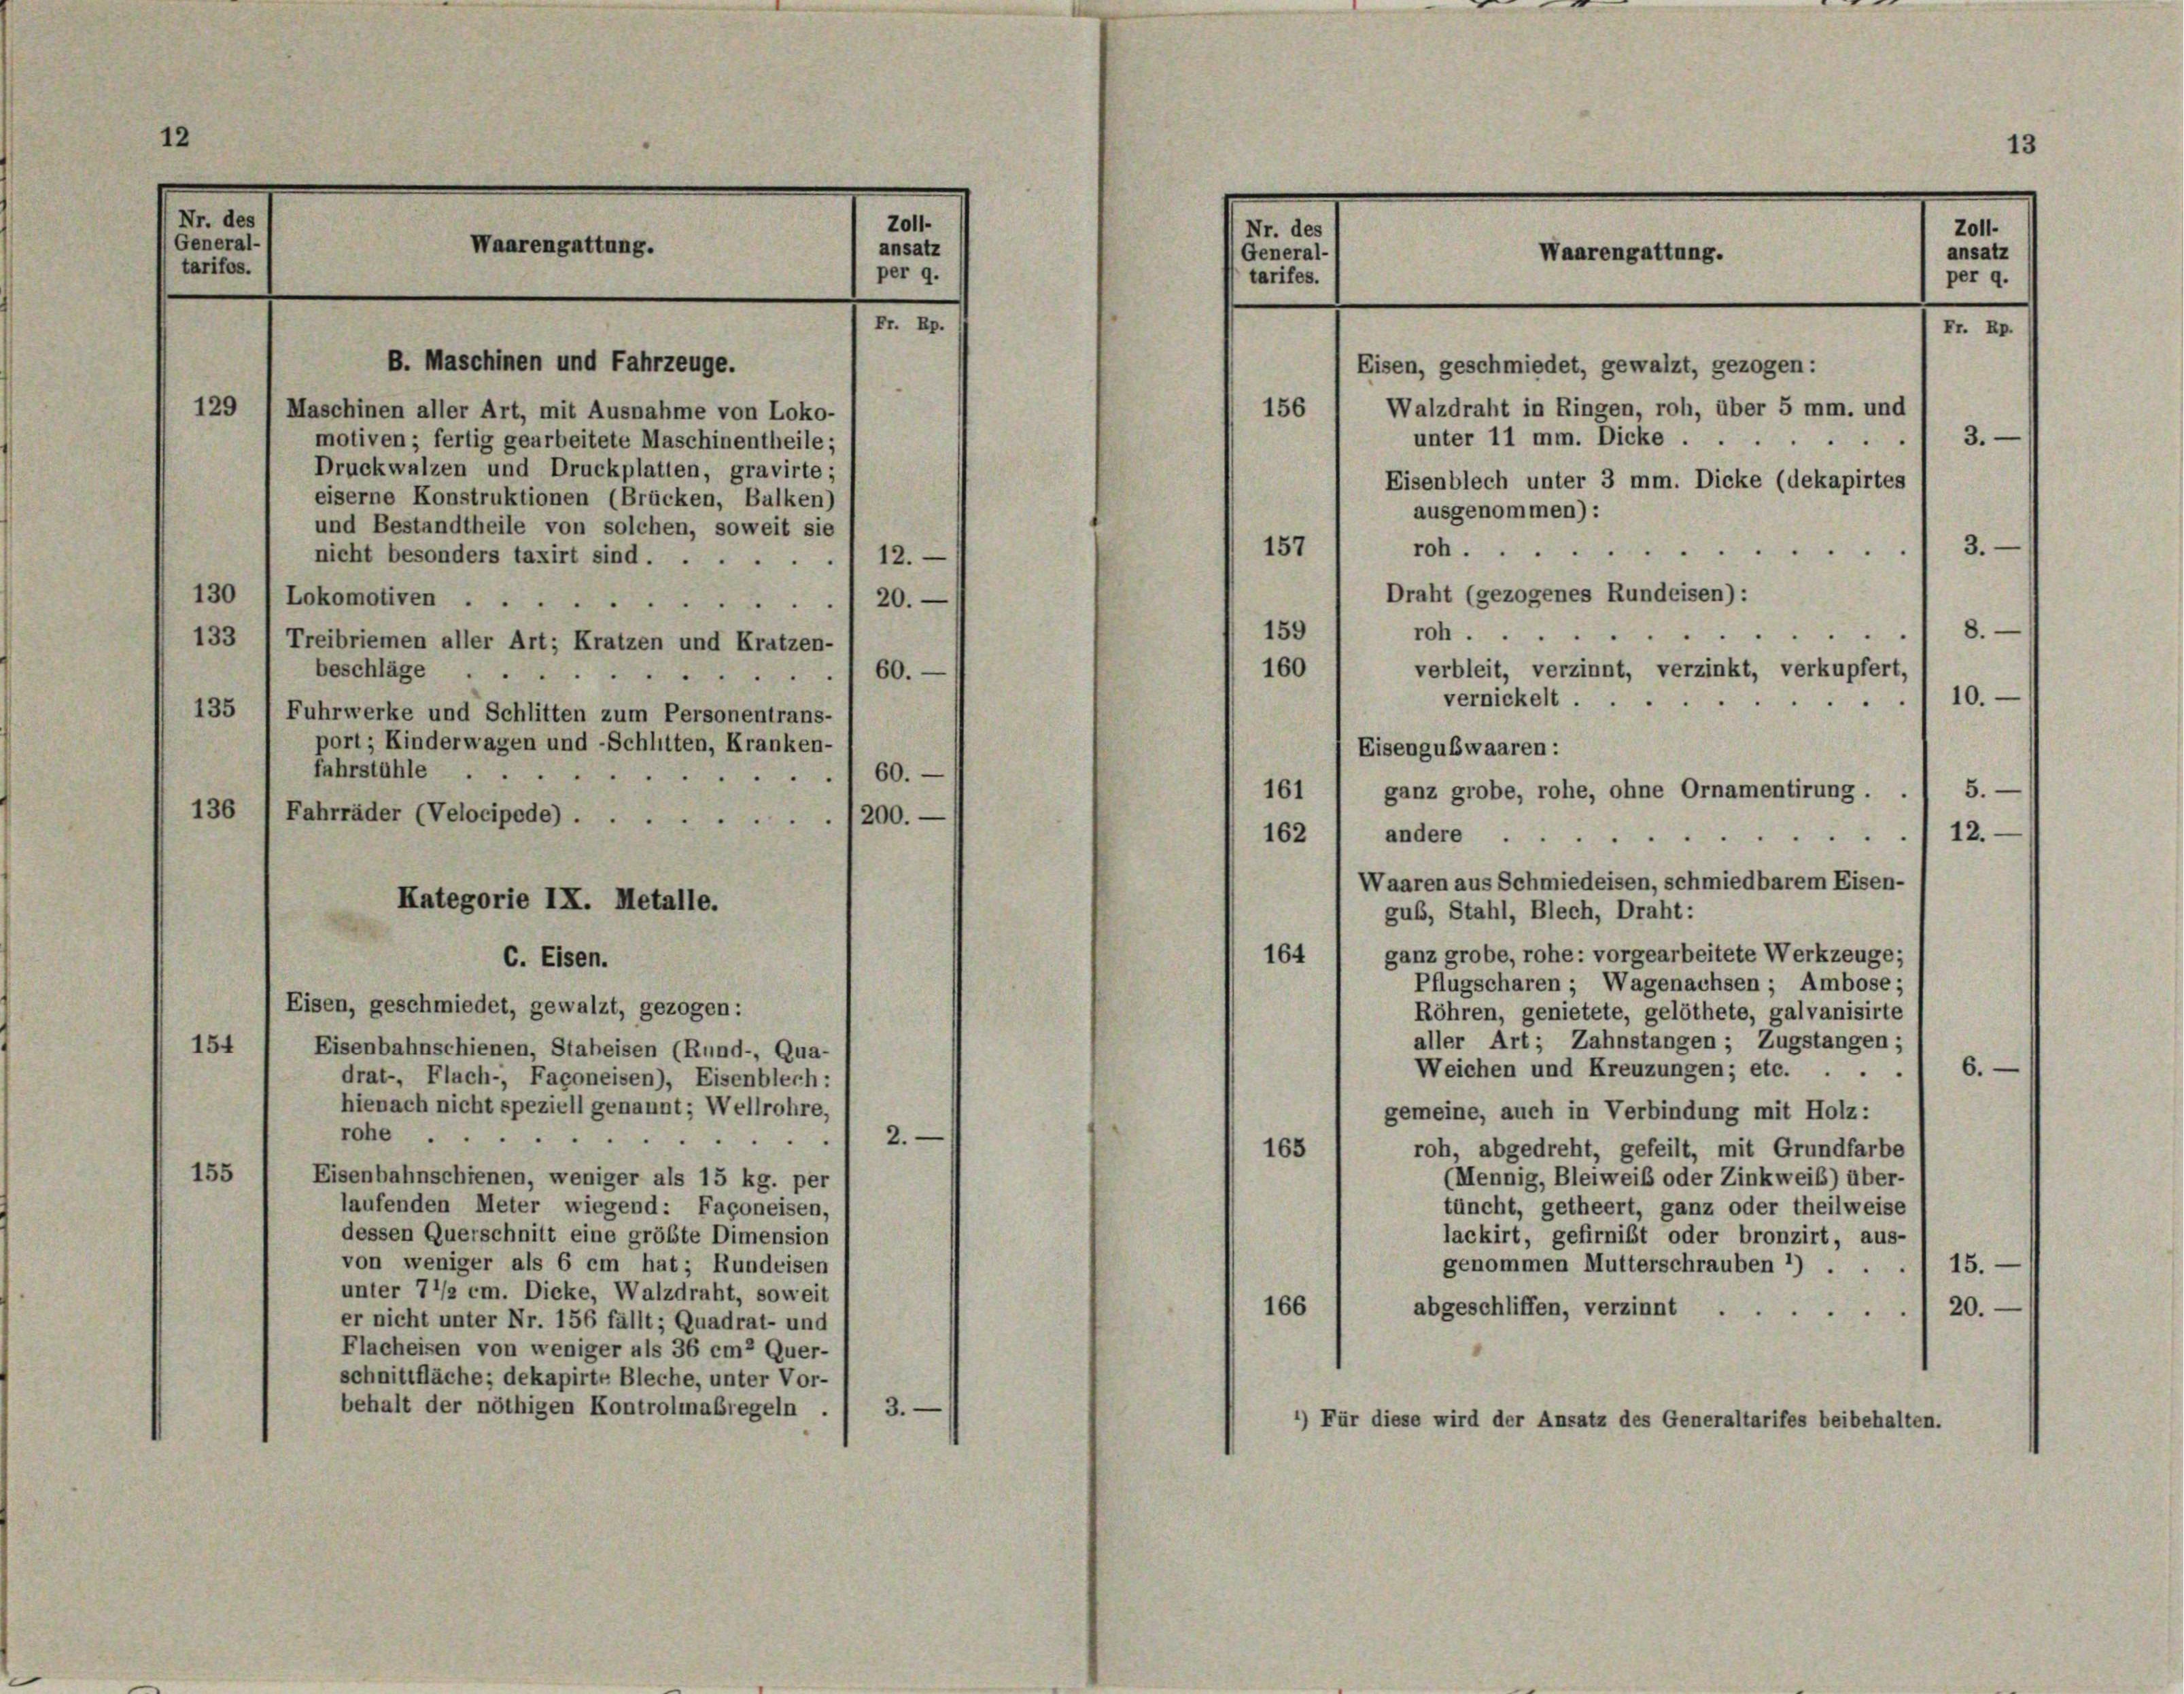
12

Nr. des
General-
tarifos.

Waarengattung.

B. Maschinen und Fahrzeuge.

129) Maschinen aller Art, mit Ausnahme von Loko-

Zoll-
ansatz
per 9.

60.

Nr. des
General-
tarifes.

156

Waarengattung.

motiven ; fertig gearbeitete Maschinentheile;
Druckwalzen und Druckplatten, gravirte;
eiserne Konstruktionen (Brücken, Balken)
und Bestandtheile von solchen, soweit sie
nicht besonders taxirt sind . .
112.
130 (Lokomotiven .
20.
159
roh.
e
133 1 Treibriemen aller Art; Kratzen und Kratzen-
160
verbleit, verzinnt, verzinkt, verkupfert,
beschläge
10.
vernickelt.
135 / Fuhrwerke und Schlitten zum Personentrans-
port ; Kinderwagen und -Schlitten, Kranken-
Eisengubwaaren :
fahrstühle ..
60.
161, ganz grobe, rohe, ohne Ornamentirung . . 1 5. —
136 (Fahrräder (Velocipede).
1200.
162 1 andere 12.
Kategorie IX. Metalle.
gub, Stahl, Blech, Draht:
ganz grobe, rohe: vorgearbeitete Werkzeuge;
164
C. Eisen.
Pflugscharen ; Wagenachsen; Ambose;
Eisen, geschmiedet, gewalzt, gezogen:
Röhren, genietete, gelöthete, galvanisirte
aller Art; Zahnstangen; Zugstangen;
154
Eisenbahnschienen, Staheisen (Rund-, Qua-
6.
Weichen und Kreuzungen; etc.
drat-, Flach-, Façoneisen), Eisenblech:
hienach nicht speziell genannt; Wellrohre,
gemeine, auch in Verbindung mit Holz:
rohe.
2.
roh, abgedreht, gefeilt, mit Grundfarbe
165
155
Eisenbahnschienen, weniger als 15 kg. per
(Mennig, Bleiweib oder Zinkweib) über-
laufenden Meter wiegend: Fagoneisen,
tüncht, getheert, ganz oder theilweise
dessen Querschnitt eine größte Dimension
lackirt, gefirnist oder bronzirt, aus-
von weniger als 6 cm hat; Rundeisen
genommen Mutterschrauben *) . . . 15. —
unter 7 1/2 cm. Dicke, Walzdraht, soweit
166
abgeschliffen, verzinnt. 20.
er nicht unter Nr. 156 fällt; Quadrat- und
Flacheisen von weniger als 36 cm2 Quer-
schnittfläche; dekapirte Bleche, unter Vor-
behalt der nöthigen Kontrolmaßregeln.
3.
*) Für diese wird der Ansatz des Generaltarifes beibehalten.

Fr. Rp.
Eisen, geschmiedet, gewalzt, gezogen:
3.
unter 11 mm. Dicke
Eisenblech unter 3 mm. Dicke (dekapirtes
ausgenommen):
3.
157
roh
Draht (gezogenes Rundeisen):

Walzdraht in Ringen, roh, über 5 mm. und

Waaren aus Schmiedeisen, schmiedbarem Eisen-

.

13

Zoll-
ansatz
per 9.

8.